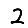
Digit: 2